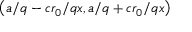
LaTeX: \left( a / q - c r _ { 0 } / q x , a / q + c r _ { 0 } / q x \right)